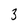
Character: 3